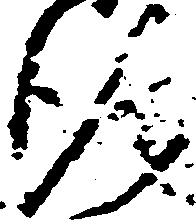
行